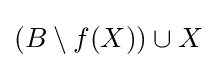
(B\setminus f(X))\cup X